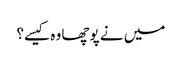
میں نے پوچھا وہ کیسے؟